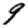
Digit: 9